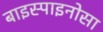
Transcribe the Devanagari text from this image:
बाइस्पाइनोसा